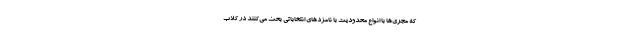
که مجری‌ها با انواع محدودیت با نامزدهای انتخاباتی بحث می‌کنند در کلاب